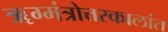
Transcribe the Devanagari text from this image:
ॠग्मंत्रोत्तरकालांत